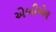
એબીએલ